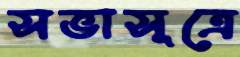
সভাসূত্রে